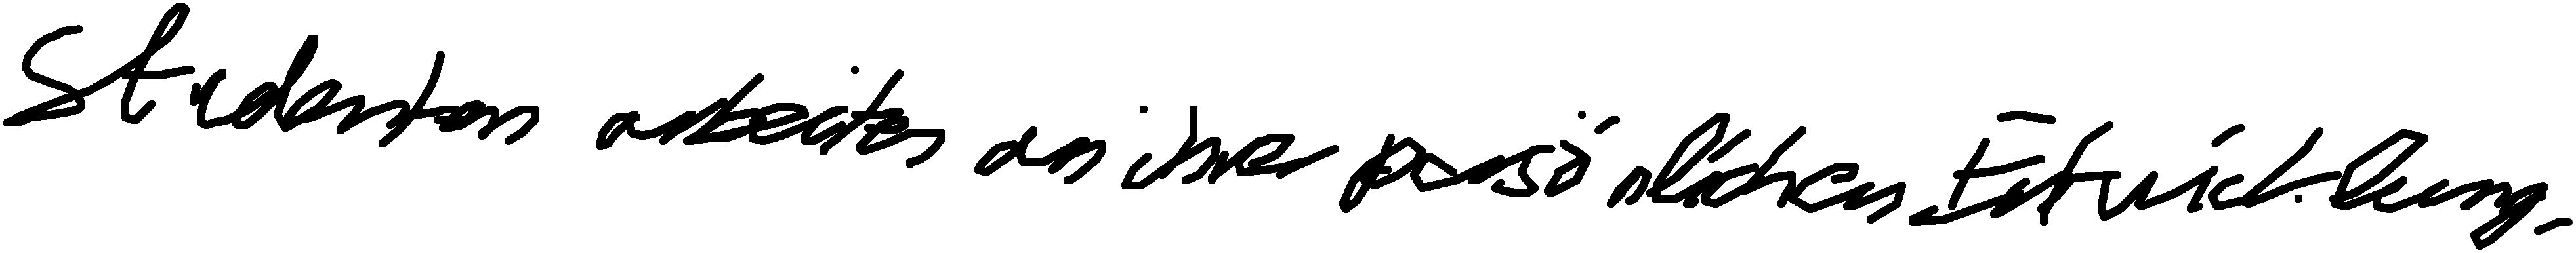
Studenten arbeiten an ihrer persönlichen Entwicklung.